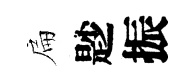
扁尟振